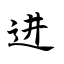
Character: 进